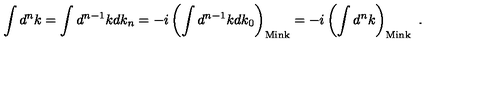
\int d ^ { n } k = \int d ^ { n - 1 } k d k _ { n } = - i \left( \int d ^ { n - 1 } k d k _ { 0 } \right) _ { \mathrm { M i n k } } = - i \left( \int d ^ { n } k \right) _ { \mathrm { M i n k } } \ .